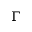
\Gamma